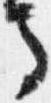
馬